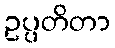
ဥပ္ပတိတာ